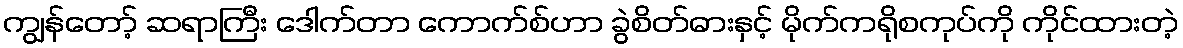
ကျွန်တော့် ဆရာကြီး ဒေါက်တာ ကောက်စ်ဟာ ခွဲစိတ်ဓားနှင့် မိုက်ကရိုစကုပ်ကို ကိုင်ထားတဲ့